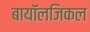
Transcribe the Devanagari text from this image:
बायॉलजिकल